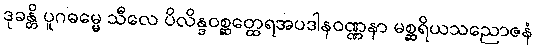
ဒုခန္တိ ပူဂဓမ္မေ သီလေ ပိလိန္ဒဝစ္ဆတ္ထေရအပဒါနဝဏ္ဏနာ မစ္ဆရိယသညောဇနံ